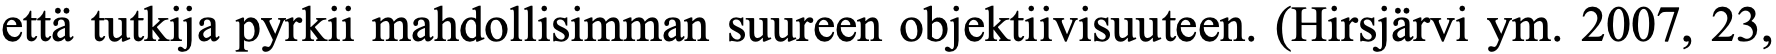
että tutkija pyrkii mahdollisimman suureen objektiivisuuteen. (Hirsjärvi ym. 2007, 23,